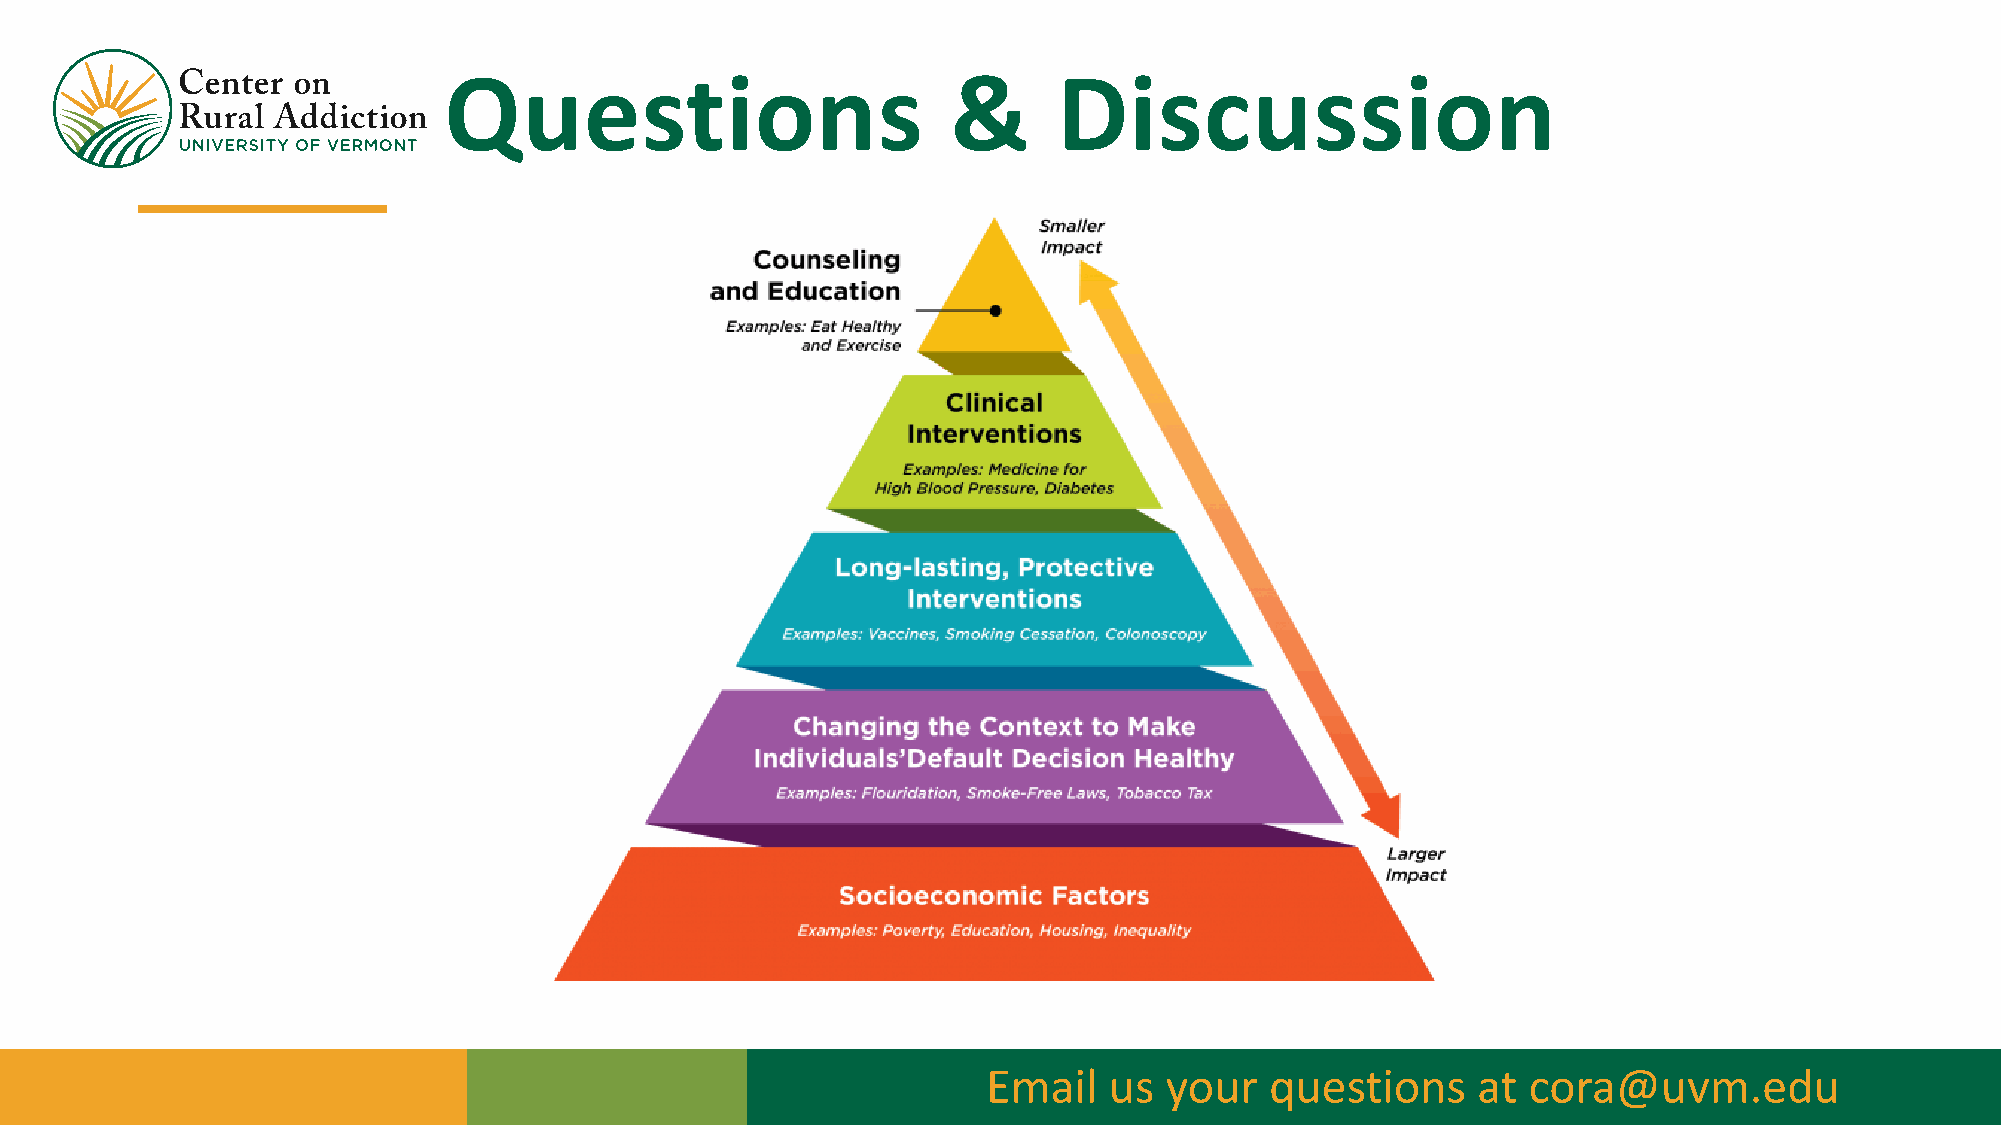
Questions                         &      Discussion
 Email   us  your   questions     at cora@uvm.edu